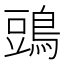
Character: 𪁞